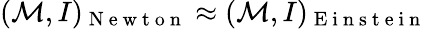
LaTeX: (\mathcal{M},I)_{\mathrm{~N~e~w~t~o~n~}}\approx(\mathcal{M},I)_{\mathrm{~E~i~n~s~t~e~i~n~}}